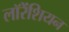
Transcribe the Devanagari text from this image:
लॉरेंशियन